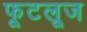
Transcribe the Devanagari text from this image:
फूटलूज